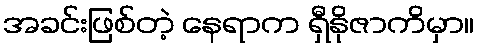
အခင်းဖြစ်တဲ့ နေရာက ရှီနိုဇာကိမှာ။